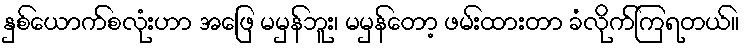
နှစ်ယောက်စလုံးဟာ အဖြေ မမှန်ဘူး၊ မမှန်တော့ ဖမ်းထားတာ ခံလိုက်ကြရတယ်။